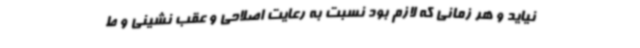
نیاید و هر زمانی که لازم بود نسبت به رعایت اصلاحی و عقب نشینی و ط